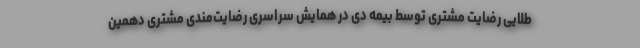
طلایی رضایت مشتری توسط بیمه دی در همایش سراسری رضایت‌مندی مشتری دهمین